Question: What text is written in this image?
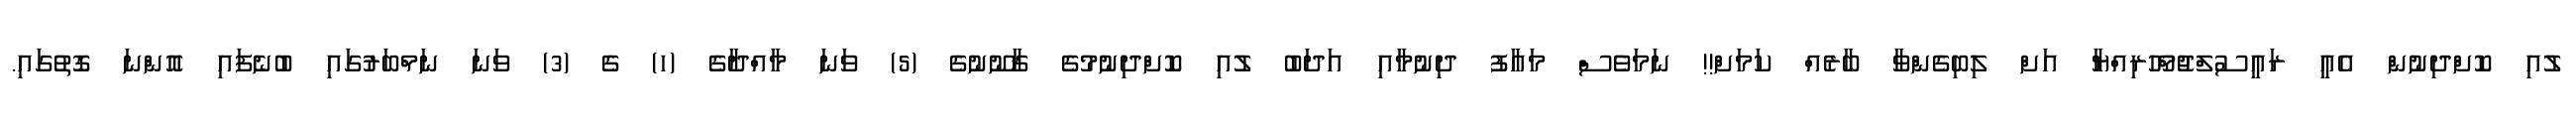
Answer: ލުއި ކޮށްދިނުން އެއީ ރައީސުލްޖުމްހޫރިއްޔާ އަށް ލިބިގެންވާ ބާރެއް ކަމަށް!! ނަމަވެސް މަޢާފު ދިނުމާއި އަދަބު ލުއި ކޮށްދިނުމުގެ ޤާނޫނުގެ (5) ވަނަ މާއްދާގެ (ހ) ގެ (3) ވަނަ ނަމްބަރުގައި ބުނެފައި އޮންނަ ގޮތުގައި.